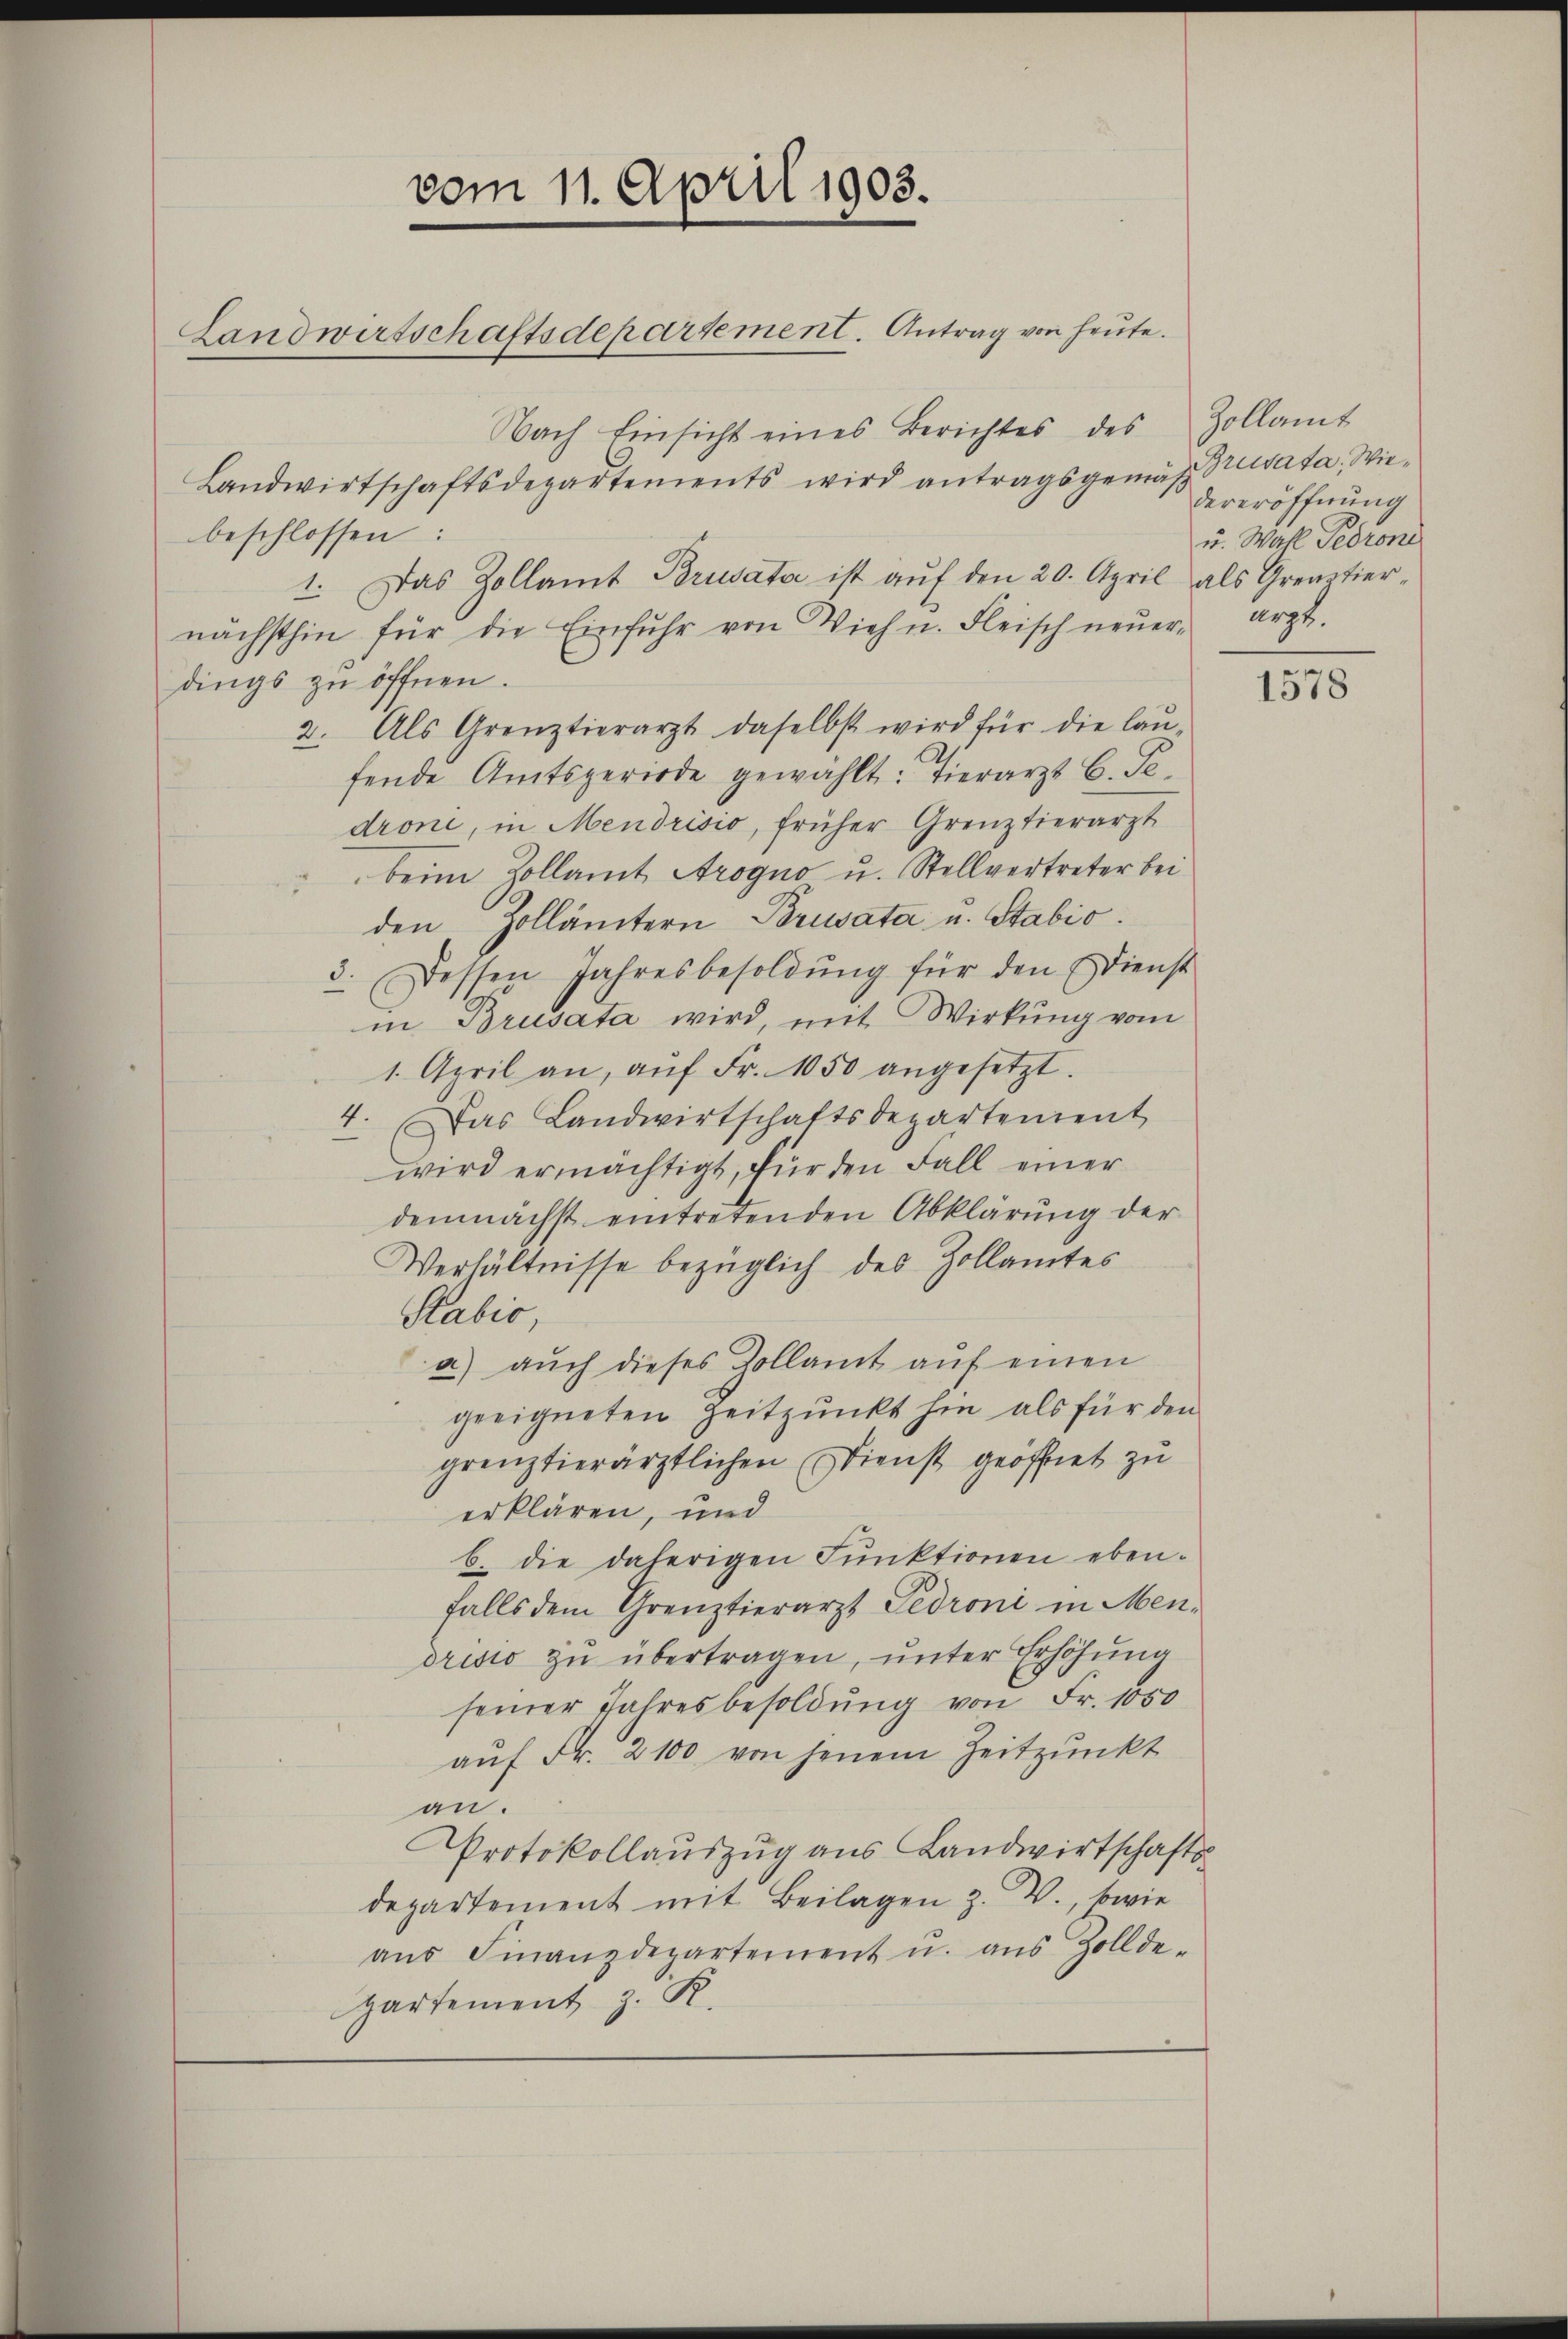
vom 11. April 1903.
Landwirtschaftsdepartement. Antrag von heute.

Nach Einsicht eines Berichtes des Zollamt
Landwirtschaftsdepartements wird antragsgemäβ revata, Wiebeschlossen:
1. Das Zollamt Brusata ist aŭf den 20. April als Greatiernächsthin für die Einfŭhr von Vieh n. Fleisch neŭer arzt.
dings zu öffnen.
2. Als Grenztierarzt daselbst wird für die laŭ-
fende Amtsperiode gewählt: Tierarzt C. Se.
drone, in Mendrisio, früher Grenztierarzt
beim Zollamt Arogno u. Stellvertreter bei
den Zollämtern Brusata u. Stabio.
3. Dessen Jahresbesoldŭng für den Dienst
in Brusata wird, mit Wirkung vom
1. April an, aŭf Fr. 1050 angesetzt.
4. Das Landwirtschaftsdepartement
wird ermächtigt, für den Fall einer
demnächst eintretenden Abklärung der
Verhältnisse bezüglich des Zollamtes
Sabić,
a) auch dieses Zollamt aŭf einen
geeigneten Zeitpunkt hin als für den
grenztierärztlichen Dienst geöffnet zu
erklären, und
b. die daherigen Pŭnktionen eben-
falls dem Grenztierarzt Gedroni in Mendrisis zu übertragen, unter Erhöhung
seiner Jahresbesoldung von Fr. 1050
aŭf Fr. 2100 von jenem Zeitpunkt
an.
Protokollauszug aus Landwirtschafts-
departement mit Beilagen z. V., sowie
aŭs Finanzdepartement u. aus Zollde-
Hartement z. R.

dereröffnung
u. Wahl Pedrone

1578